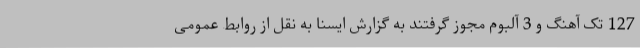
127 تک آهنگ و 3 آلبوم مجوز گرفتند به گزارش ایسنا به نقل از روابط عمومی